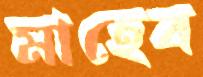
মাহেব